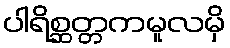
ပါရိစ္ဆတ္တကမူလမှိ